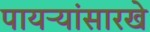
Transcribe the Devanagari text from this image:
पायऱ्यांसारखे